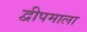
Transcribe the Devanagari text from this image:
द्वीपमाला